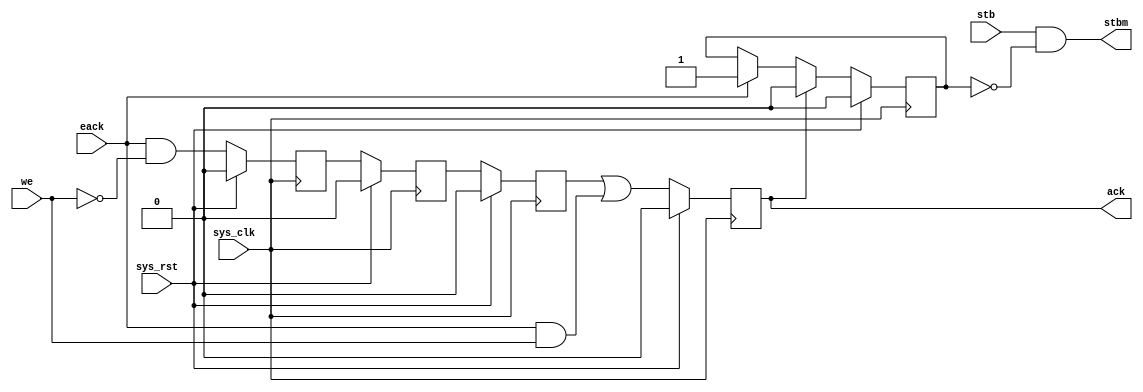
module fmlarb_dack(
	input sys_clk,
	input sys_rst,
	
	input stb,
	input eack,
	input we,

	output stbm,
	output reg ack
);

wire read = eack & ~we;
wire write = eack & we;

reg ack_read2;
reg ack_read1;
reg ack_read0;

always @(posedge sys_clk) begin
	if(sys_rst) begin
		ack_read2 <= 1'b0;
		ack_read1 <= 1'b0;
		ack_read0 <= 1'b0;
	end else begin
		ack_read2 <= read;
		ack_read1 <= ack_read2;
		ack_read0 <= ack_read1;
	end
end

reg ack0;
always @(posedge sys_clk) begin
	if(sys_rst) begin
		ack0 <= 1'b0;
		ack <= 1'b0;
	end else begin
//	   ack0 <= ack_read0;
	   ack <= ack_read0|write;

	end
end

reg mask;
assign stbm = stb & ~mask;

always @(posedge sys_clk) begin
	if(sys_rst)
		mask <= 1'b0;
	else begin
		if(eack)
			mask <= 1'b1;
		if(ack)
			mask <= 1'b0;
	end
end

endmodule